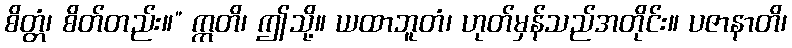
စိတ္တံ၊ စိတ်တည်း။” ဣတိ၊ ဤသို့။ ယထာဘူတံ၊ ဟုတ်မှန်သည်အတိုင်း။ ပဇာနာတိ၊